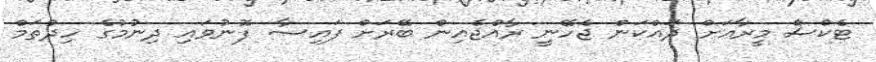
ޓެކްސް މީރާއަށް ދައްކަން ޖެހޭނީ ރާއްޖެއިން ބޭރަށް ފައިސާ ފޮނުވައި ދިނުމުގެ ހިދުތަމް